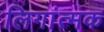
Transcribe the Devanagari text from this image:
लिगांत्मक